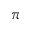
\pi